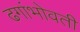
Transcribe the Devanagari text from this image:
ढगांभोवती